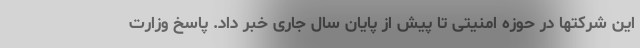
این شرکتها در حوزه امنیتی تا پیش از پایان سال جاری خبر داد. پاسخ وزارت